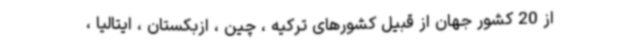
از 20 کشور جهان از قبیل کشورهای ترکیه ، چین ، ازبکستان ، ایتالیا ،